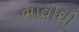
ભાવોથી